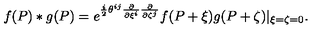
f ( P ) * g ( P ) = e ^ { \frac { i } { 2 } \theta ^ { i j } \frac { \partial } { \partial \xi ^ { i } } \frac { \partial } { \partial \zeta ^ { j } } } f ( P + \xi ) g ( P + \zeta ) | _ { \xi = \zeta = 0 } .